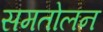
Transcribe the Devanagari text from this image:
समतोलन